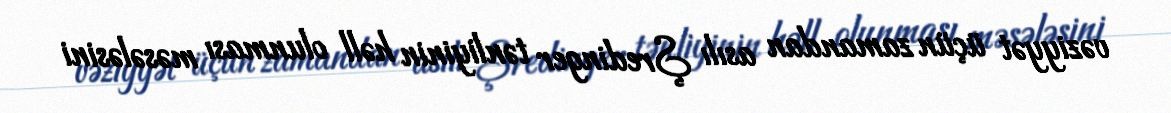
vəziyyət üçün zamandan asılı Şredinger tənliyinin həll olunması məsələsini